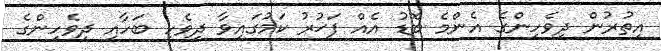
އިތުރުން ދިވެހިންގެ އެންމެ ބޮޑު އެއް ފަޚުރު ކަމުގައިވާ ދިވެހި ބަހާއި ދިވެހިންގެ